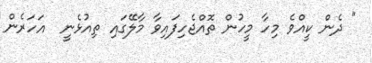
" ދެން ކީއްވެ މިހާ މީހުން ތޮއްޖެހިފައިވާ މާލޭގައި ތިއުޅެނީ  އަހަރެން